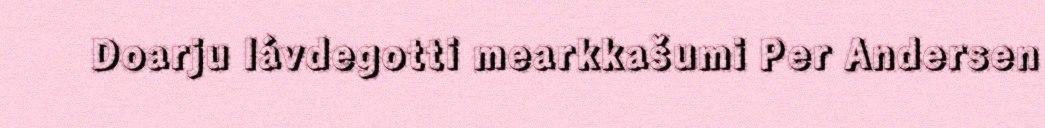
Doarju lávdegotti mearkkašumi Per Andersen